Indian Civil Veterinary Department memoirs
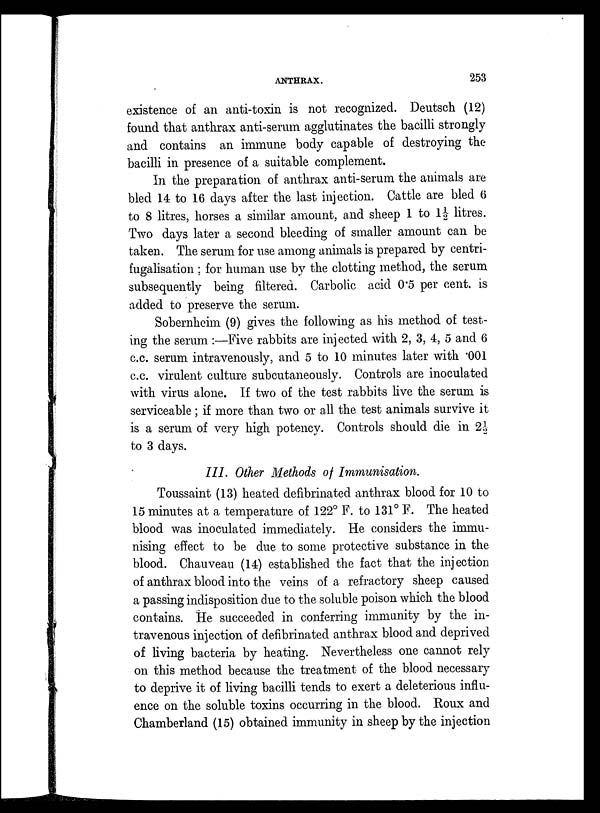
ANTHRAX.
253
existence of an anti-toxin is not recognized. Deutsch (12)
found that anthrax anti-serum agglutinates the bacilli strongly
and contains an immune body capable of destroying the
bacilli in presence of a suitable complement.
In the preparation of anthrax anti-serum the animals are
bled 14 to 16 days after the last injection. Cattle are bled 6
to 8 litres, horses a similar amount, and sheep 1 to 1½ litres.
Two days later a second bleeding of smaller amount can be
taken. The serum for use among animals is prepared by centri-
fugalisation ; for human use by the clotting method, the serum
subsequently being filtered. Carbolic acid 0.5 per cent, is
added to preserve the serum.
Sobernheim (9) gives the following as his method of test-
ing the serum :—Five rabbits are injected with 2, 3, 4, 5 and 6
c.c. serum intravenously, and 5 to 10 minutes later with .001
c.c. virulent culture subcutaneously. Controls are inoculated
with virus alone. If two of the test rabbits live the serum is
serviceable ; if more than two or all the test animals survive it
is a serum of very high potency. Controls should die in 2½
to 3 days.
III. Other Methods of Immunisation.
Toussaint (13) heated defibrinated anthrax blood for 10 to
15 minutes at a temperature of 122° F. to 131° F. The heated
blood was inoculated immediately. He considers the immu-
nising effect to be due to some protective substance in the
blood. Chauveau (14) established the fact that the injection
of anthrax blood into the veins of a refractory sheep caused
a passing indisposition due to the soluble poison which the blood
contains. He succeeded in conferring immunity by the in-
travenous injection of defibrinated anthrax blood and deprived
of living bacteria by heating. Nevertheless one cannot rely
on this method because the treatment of the blood necessary
to deprive it of living bacilli tends to exert a deleterious influ-
ence on the soluble toxins occurring in the blood. Roux and
Chamberland (15) obtained immunity in sheep by the injection